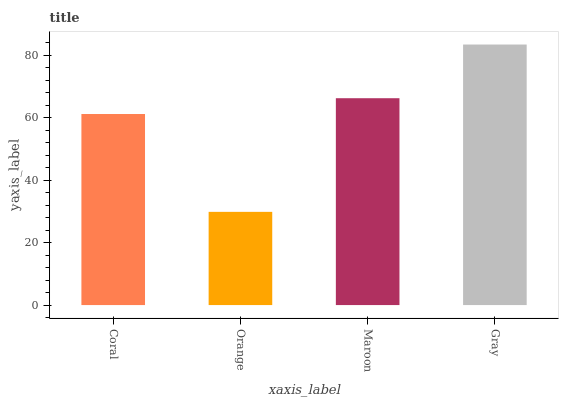
| xaxis_label | bars |
 | --- | --- |
 | Coral | 61.2 |
 | Orange | 29.8 |
 | Maroon | 66.2 |
 | Gray | 83.4 |